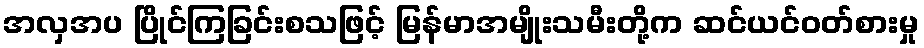
အလှအပ ပြိုင်ကြခြင်းစသဖြင့် မြန်မာအမျိုးသမီးတို့က ဆင်ယင်ဝတ်စားမှု